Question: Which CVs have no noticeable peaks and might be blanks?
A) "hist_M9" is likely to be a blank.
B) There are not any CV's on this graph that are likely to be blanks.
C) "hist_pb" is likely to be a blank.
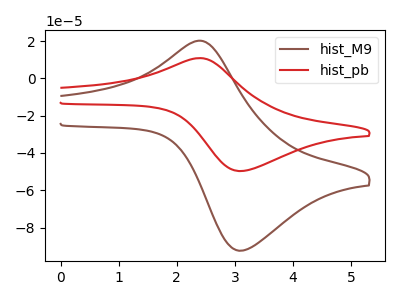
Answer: <think>The brown curve "hist_M9" has an anodic peak at (2.35V, 20.10uA) and a cathodic peak at (3.10V, -92.35uA). The red curve "hist_pb" has an anodic peak at (2.35V, 10.80uA) and a cathodic peak at (3.10V, -49.70uA).</think>
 <answer>B) There are not any CV's on this graph that are likely to be blanks.</answer>
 <eval>B</eval>